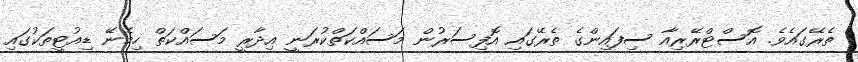
ތެރޭގައެވެ. އޮސްޓްރޭރިއާ ސިފައިންގެ ތެރޭގައި އޮފިސަރުން މަސައްކަތްކުރަނީ އިދާރީ މަސައްކަތް ހިމެނޭ ޑިއުޓީތަކުގައި